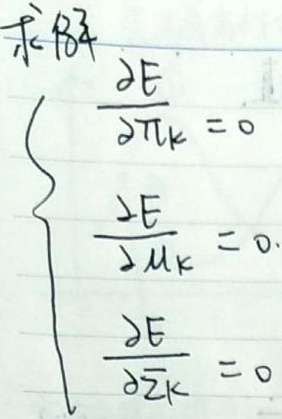
求偏
\[\begin{cases}
\frac{\partial E}{\partial \pi_{k}} = 0\\
\frac{\partial E}{\partial \mu_{k}} = 0\\
\frac{\partial E}{\partial \overline{z}_{k}} = 0
\end{cases}\]